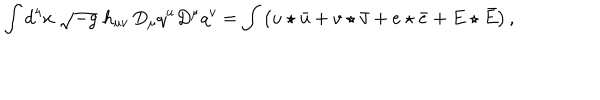
LaTeX: \int d ^ { 4 } x \; \sqrt { - g } \; h _ { u v } \, D _ { \mu } q ^ { u } D ^ { \mu } q ^ { v } = \int \left( u \star \bar { u } + v \star \bar { v } + e \star \bar { e } + E \star \bar { E } \right) ,